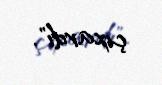
çıxardı".